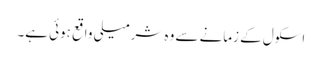
اسکول کے زمانے سے وہ شرمیلی واقع ہوئی ہے۔